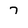
Character: 7